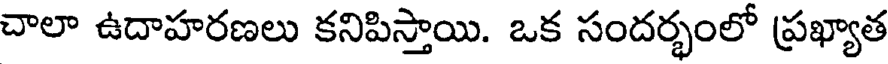
చాలా ఉదాహరణలు కనిపిస్తాయి. ఒక సందర్భంలో ప్రఖ్యాత